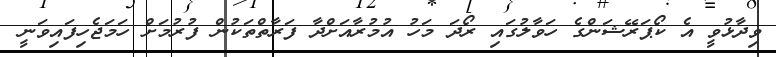
ވިދާޅުވީ އެ ކޯޕަރޭޝަންގެ ހަވާލުގައި ރޯދަ މަހު އުމުރާއަަށްދާ ފަރާތްތަކުން ފުރުމަށް ހަމަޖެހިފައިވަނީ